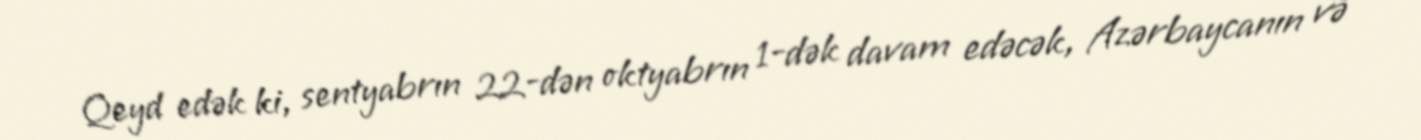
Qeyd edək ki, sentyabrın 22-dən oktyabrın 1-dək davam edəcək, Azərbaycanın və